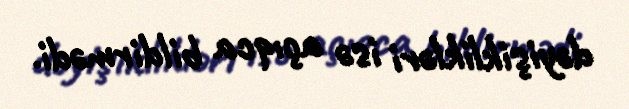
dəyişiklikləri isə açıqca bildirmədi.